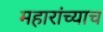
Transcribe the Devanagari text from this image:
महारांच्याच